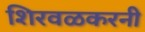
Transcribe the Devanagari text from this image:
शिरवळकरनी